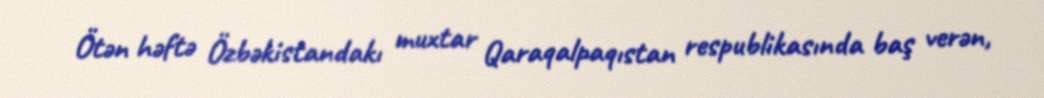
Ötən həftə Özbəkistandakı muxtar Qaraqalpaqıstan respublikasında baş verən,